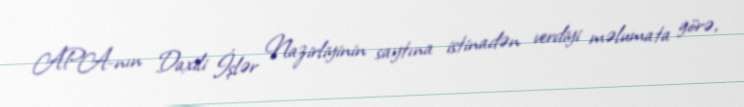
APA-nın Daxili İşlər Nazirliyinin saytına istinadən verdiyi məlumata görə,